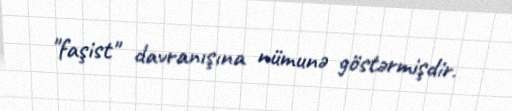
"faşist" davranışına nümunə göstərmişdir.